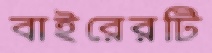
বাইরেরটি